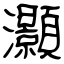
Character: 灝